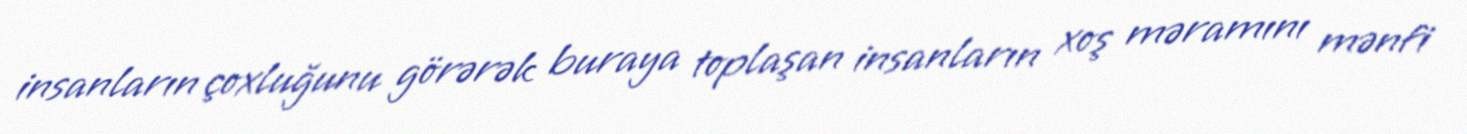
insanların çoxluğunu görərək buraya toplaşan insanların xoş məramını mənfi